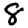
Digit: 8